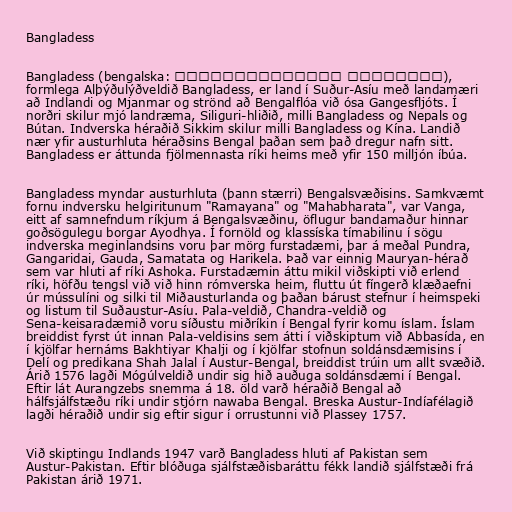
Bangladess

Bangladess (bengalska: গণপ্রজাতন্ত্রী বাংলাদেশ),
formlega Alþýðulýðveldið Bangladess, er land í Suður-Asíu með landamæri
að Indlandi og Mjanmar og strönd að Bengalflóa við ósa Gangesfljóts. Í
norðri skilur mjó landræma, Siliguri-hliðið, milli Bangladess og Nepals og
Bútan. Indverska héraðið Sikkim skilur milli Bangladess og Kína. Landið
nær yfir austurhluta héraðsins Bengal þaðan sem það dregur nafn sitt.
Bangladess er áttunda fjölmennasta ríki heims með yfir 150 milljón íbúa.

Bangladess myndar austurhluta (þann stærri) Bengalsvæðisins. Samkvæmt
fornu indversku helgiritunum "Ramayana" og "Mahabharata", var Vanga,
eitt af samnefndum ríkjum á Bengalsvæðinu, öflugur bandamaður hinnar
goðsögulegu borgar Ayodhya. Í fornöld og klassíska tímabilinu í sögu
indverska meginlandsins voru þar mörg furstadæmi, þar á meðal Pundra,
Gangaridai, Gauda, Samatata og Harikela. Það var einnig Mauryan-hérað
sem var hluti af ríki Ashoka. Furstadæmin áttu mikil viðskipti við erlend
ríki, höfðu tengsl við við hinn rómverska heim, fluttu út fíngerð klæðaefni
úr mússulíni og silki til Miðausturlanda og þaðan bárust stefnur í heimspeki
og listum til Suðaustur-Asíu. Pala-veldið, Chandra-veldið og
Sena-keisaradæmið voru síðustu miðríkin í Bengal fyrir komu íslam. Íslam
breiddist fyrst út innan Pala-veldisins sem átti í viðskiptum við Abbasída, en
í kjölfar hernáms Bakhtiyar Khalji og í kjölfar stofnun soldánsdæmisins í
Delí og predikana Shah Jalal í Austur-Bengal, breiddist trúin um allt svæðið.
Árið 1576 lagði Mógúlveldið undir sig hið auðuga soldánsdæmi í Bengal.
Eftir lát Aurangzebs snemma á 18. öld varð héraðið Bengal að
hálfsjálfstæðu ríki undir stjórn nawaba Bengal. Breska Austur-Indíafélagið
lagði héraðið undir sig eftir sigur í orrustunni við Plassey 1757.

Við skiptingu Indlands 1947 varð Bangladess hluti af Pakistan sem
Austur-Pakistan. Eftir blóðuga sjálfstæðisbaráttu fékk landið sjálfstæði frá
Pakistan árið 1971.